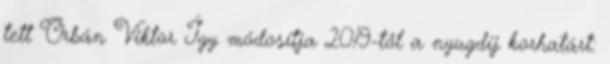
tett Orbán Viktor Így módosítja 2019-től a nyugdíj korhatárt: